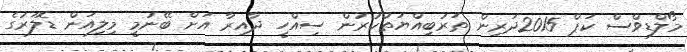
މޯލްޑިވްސް ކަޕް 2015ދަރިން ތަރުބިއްޔަތުކުރުން ސިއްހީ ދާއިރާ އަށް ބޭނުމީ މިލިއަން ޑޮލަރުގެ